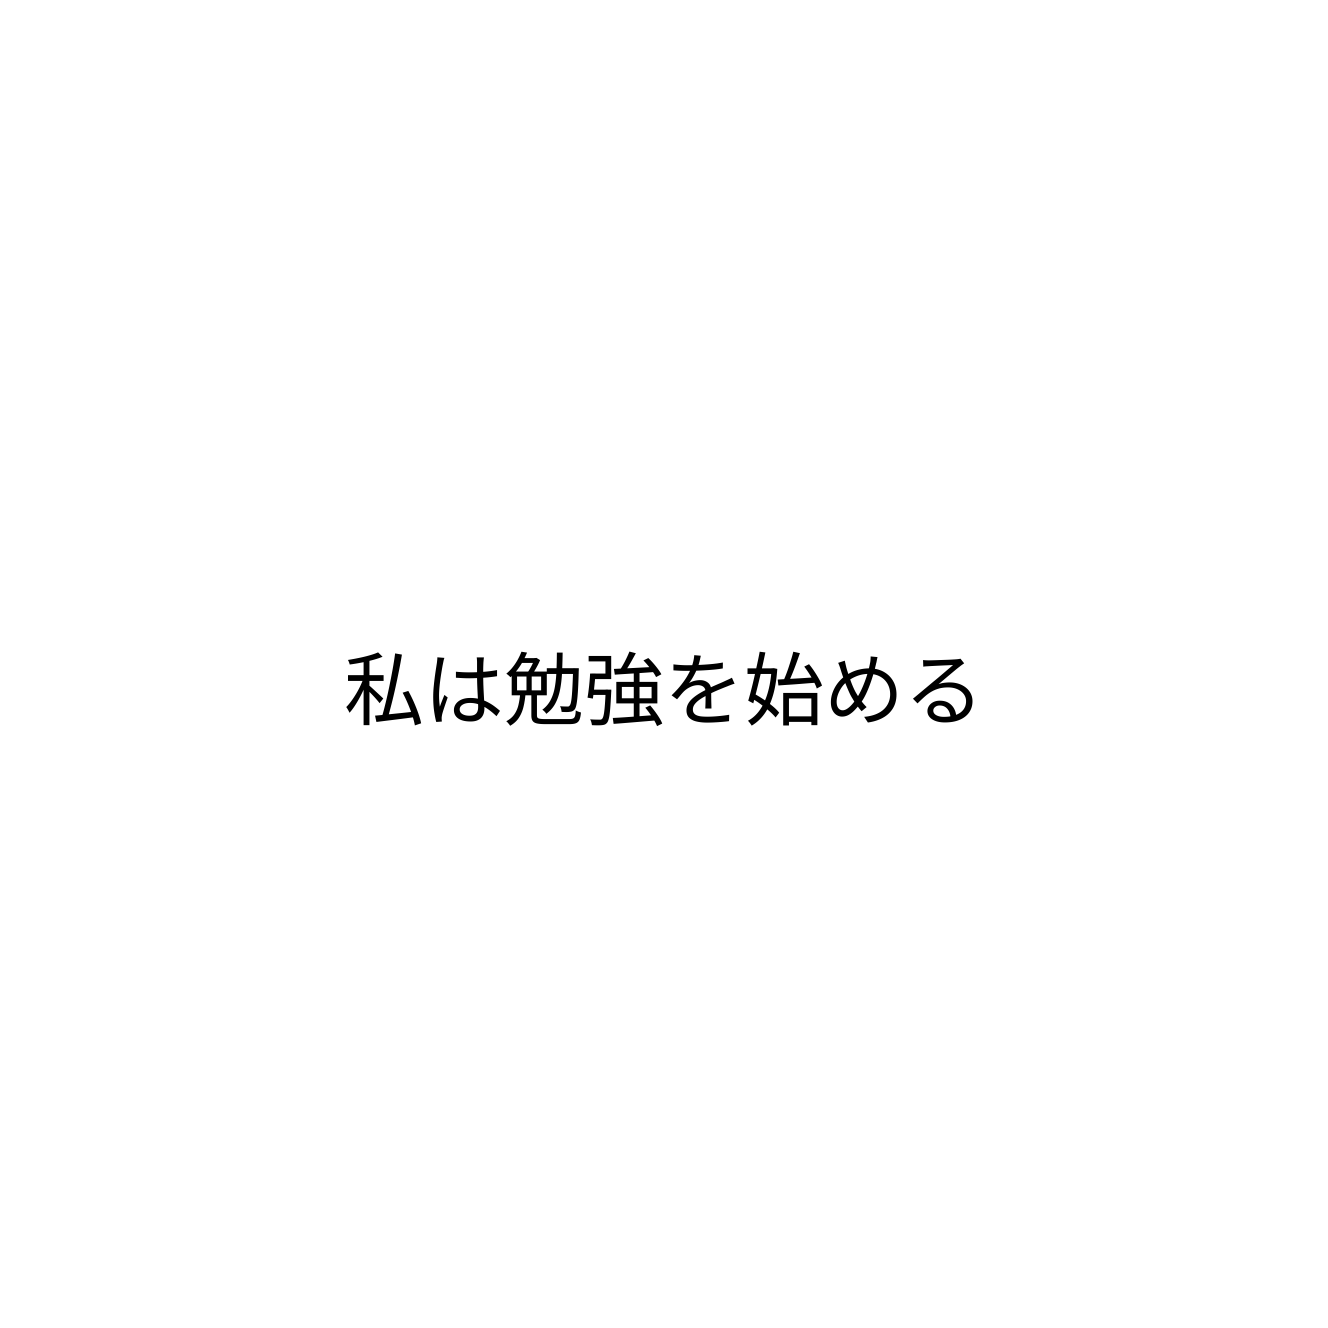
私は勉強を始める